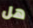
هل